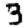
Digit: 3